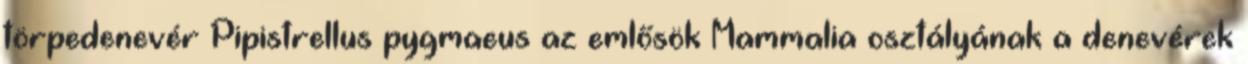
törpedenevér Pipistrellus pygmaeus az emlősök Mammalia osztályának a denevérek